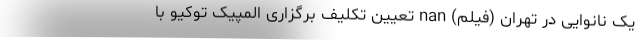
یک نانوایی در تهران (فیلم) nan تعیین تکلیف برگزاری المپیک توکیو با